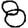
Digit: 8